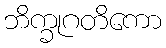
ဘိက္ခုဂတိကော